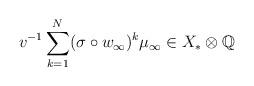
LaTeX: \begin{align*}v^{-1}\sum_{k=1}^N(\sigma\circ w_\infty)^k \mu_\infty\in X_\ast\otimes\mathbb Q\end{align*}